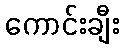
ကောင်းချီး